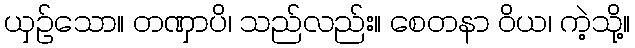
ယှဉ်သော။ တဏှာပိ၊ သည်လည်း။ စေတနာ ဝိယ၊ ကဲ့သို့။